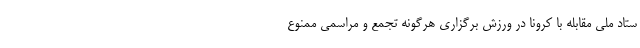
ستاد ملی مقابله با کرونا در ورزش برگزاری هرگونه تجمع و مراسمی ممنوع